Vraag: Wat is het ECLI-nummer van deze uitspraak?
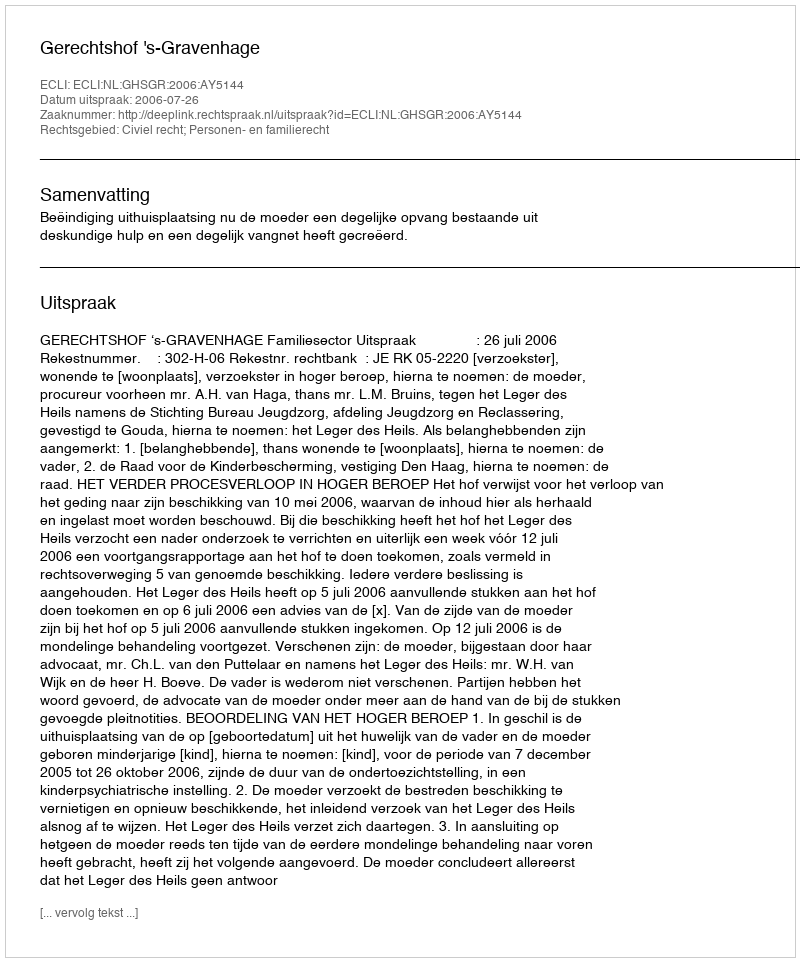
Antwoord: ECLI:NL:GHSGR:2006:AY5144